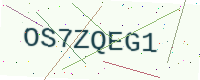
Text: OS7ZQEG1